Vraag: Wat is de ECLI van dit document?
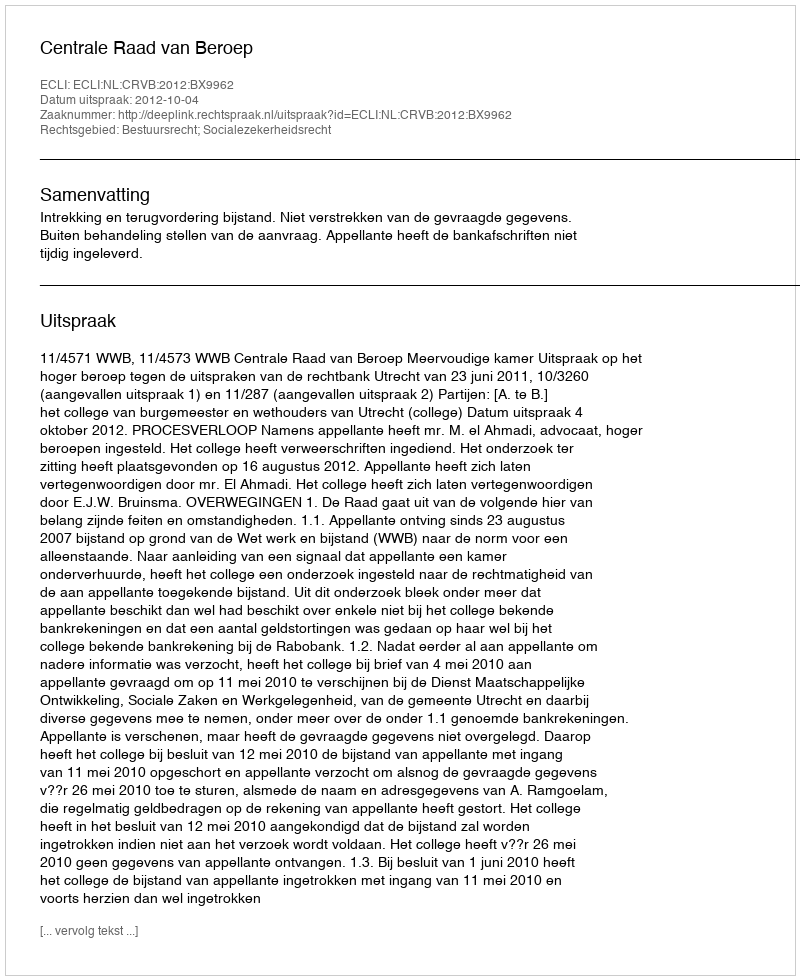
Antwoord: ECLI:NL:CRVB:2012:BX9962